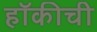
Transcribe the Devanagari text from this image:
हॉकीची